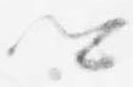
卿